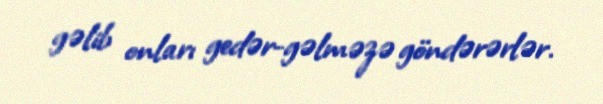
gəlib onları gedər-gəlməzə göndərərlər.